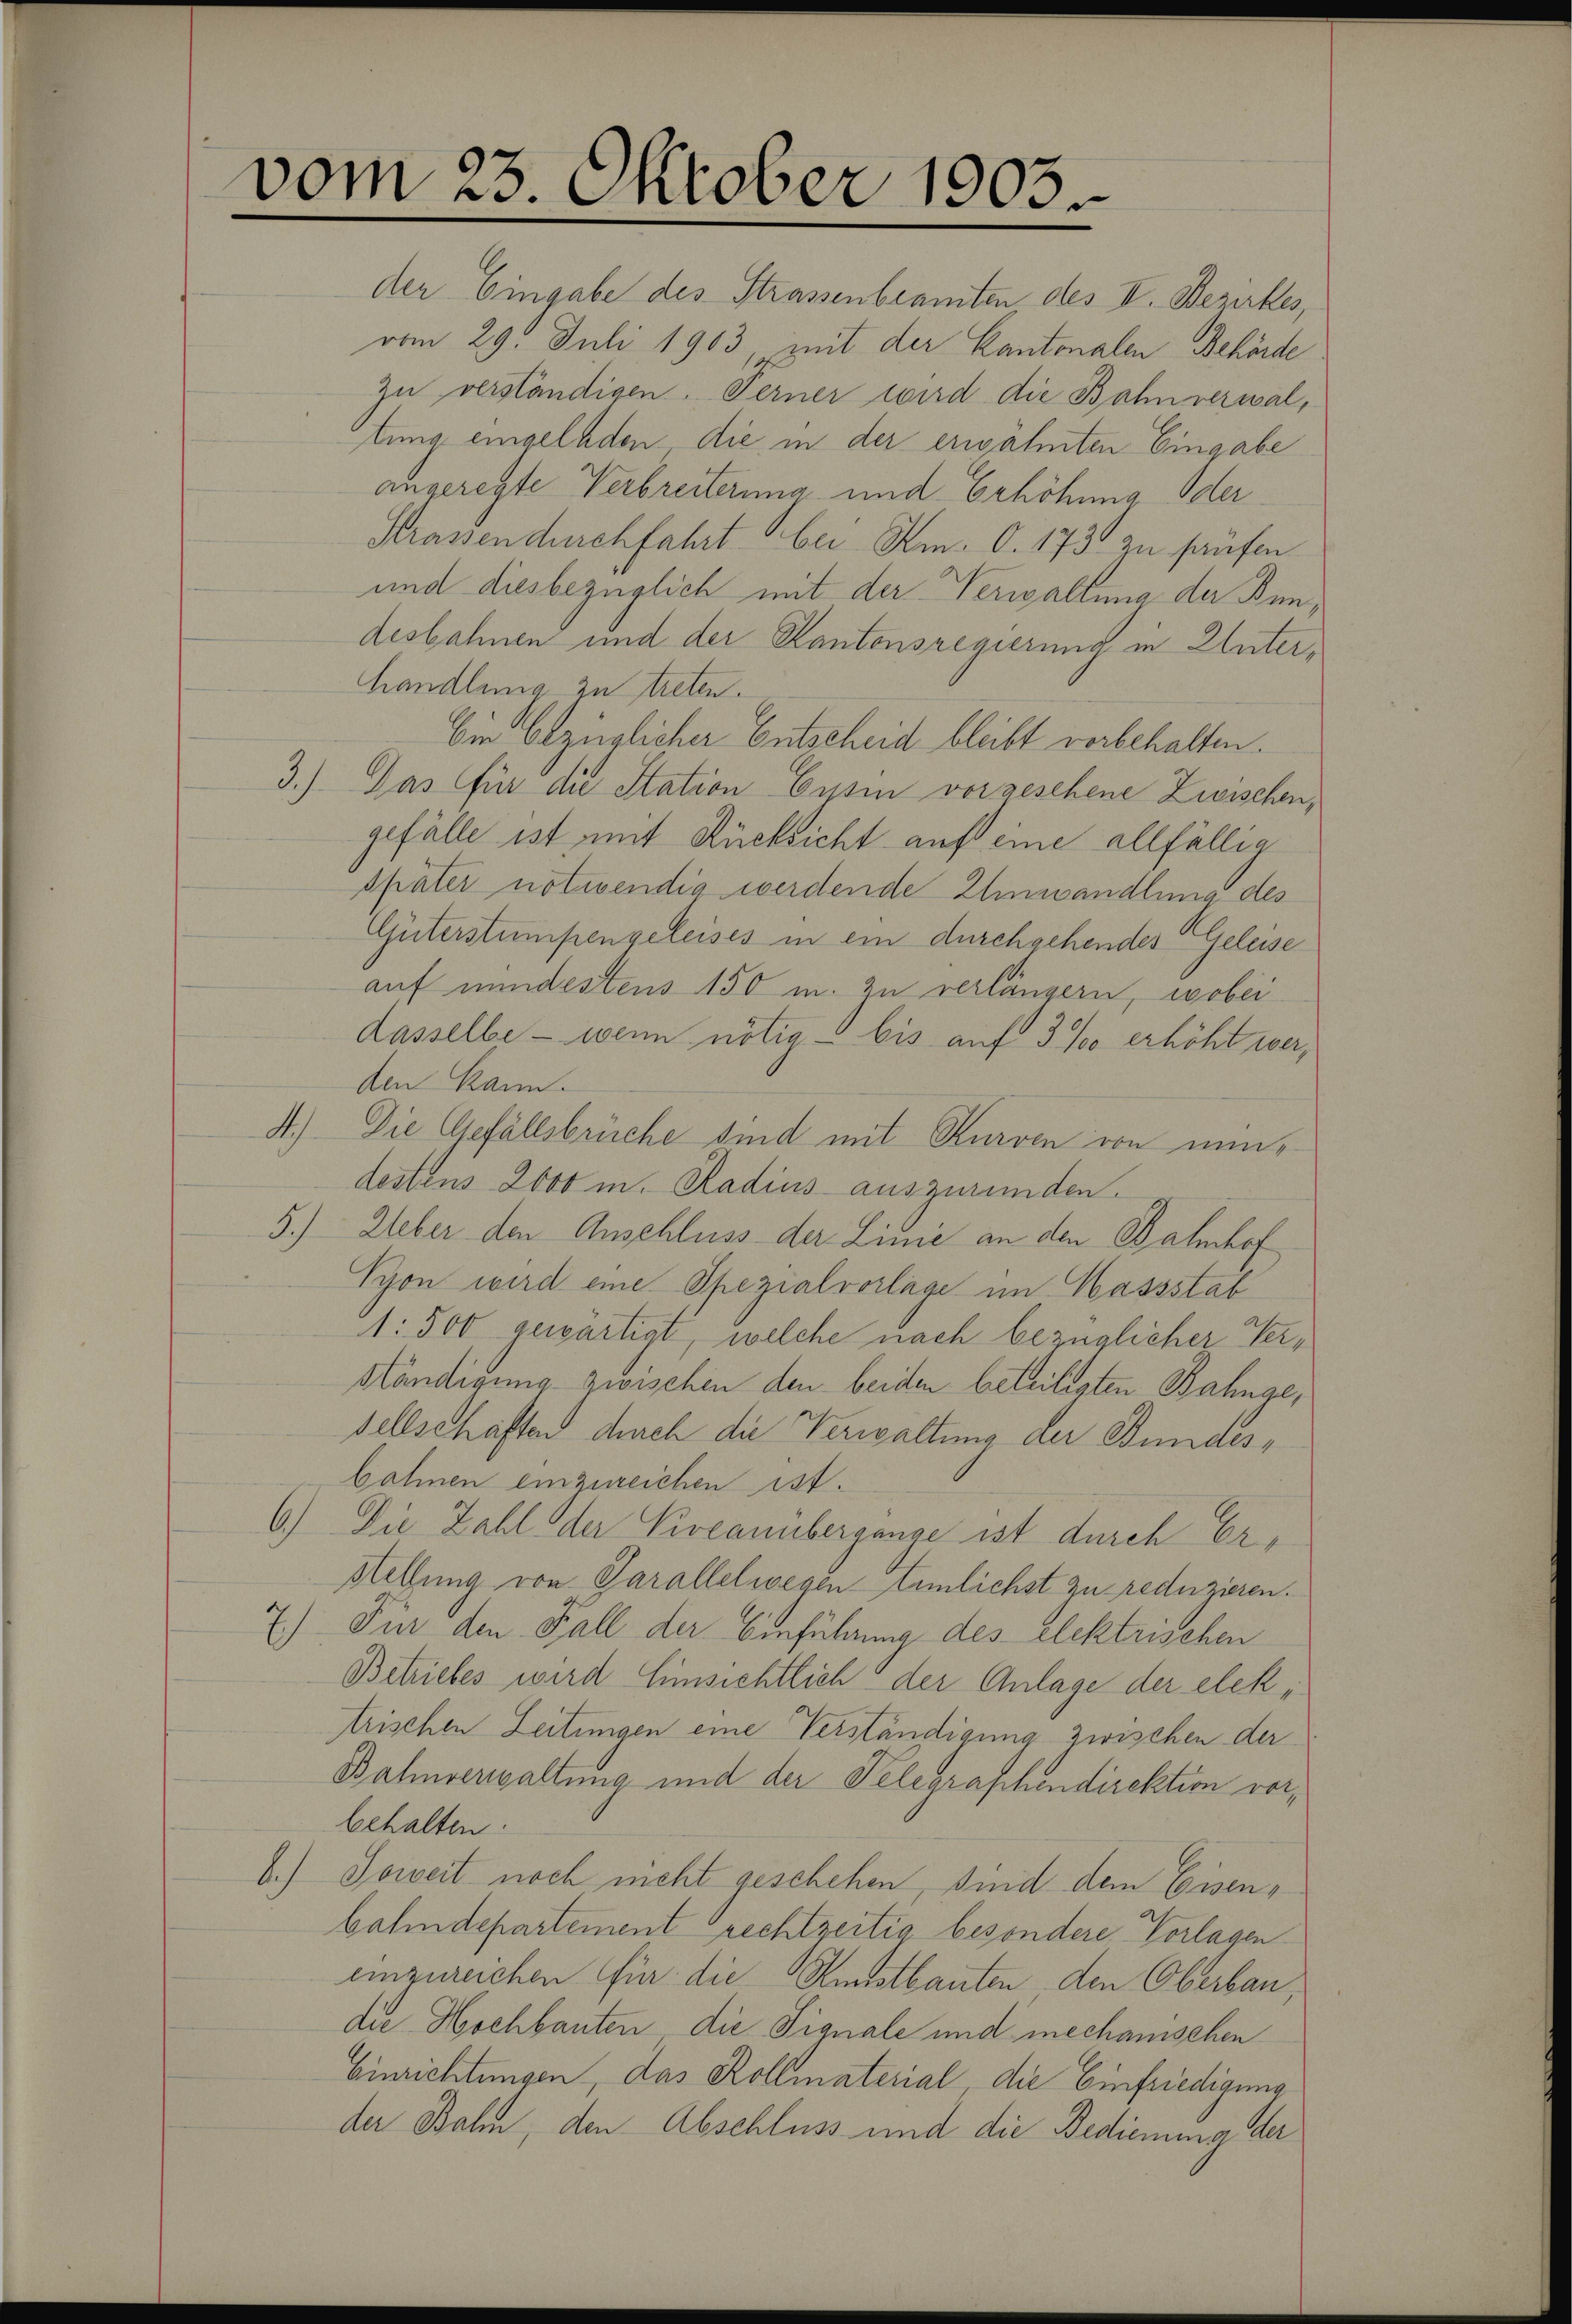
vom 23. Oktober 1903.

s

A
.

der Eingabe des Strassenbeamten des V. Bezirkes,
vom 29. Juli 1903 mit der Kantonalen Behörde
zu verständigen. Ferner wird die Bahnverwallung eingeladen, die in der erwähnten Eingabe
angeregte Verbreiterung und Erhöhung Oder
Strassen durchfahrt bei Am. O. 173 zu haufen
und diesbezüglich mit der Verwaltung der Bundesbahnen und der Kantonsregierung in Unterhandlung zu treten.
Ei bezüglicher Entscheid bleibt vorbehalten.
3.) Das für die Station Cessin vorgeschene Zwischen,
gefälle ist mit Rücksicht auf eine allfällig
später notwendig werdende Einwandlung des
Güterstumpengeleises in ein durchgehendes Geleise
auf mindestens 150 m. zu verlängern, wobei
dasselbe - wenn nötig bis auf 3 % erhöht werden kann.
4.) Die Gefällsbrüche sind mit Kurven von nundestens Loos in Radius auszuründen.
4.) Ueber den Anschluss der Linie an den Bahnhof
Syon wird eine Spezialvorlage im Hassstab
1: 500 gewärtigt, welche nach bezüglicher Ver¬
Händigung zwischen den beiden beteiligten Bahnge,
sellschaften durch die Verwaltung der Bundesbohnen einzureichen ist.
6.) Die Zahl der Pivcanübergange ist durch Er¬
Htellung von Parallelwegentümlichst zu reduzieren.
2.) Für den Fall der Einführung des Elektrischen
Betriebes wird hinsichtlich der Anlage der elektrischen Zeitungen eine Verständigung zwischen der
Bahnverwaltung und der Telegraphendirektion vorbehalten.
) Soweit noch nicht geschehen, sind dem Eisenbahndepartement rechtzeitig besondere Vorlagen
einzureichen für die Kunstbauten den Oberban,
die Hochbauten, die Signale und mechanischen
Einrichtungen, das Kollmaterial die Einfriedigung
der Bahn, den Abschluss und die Bediemina der